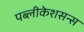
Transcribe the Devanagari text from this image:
पब्लीकेशसन्स